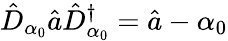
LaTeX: \hat{D}_{\alpha_{0}}\hat{a}\hat{D}_{\alpha_{0}}^{\dagger}=\hat{a}-\alpha_{0}